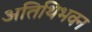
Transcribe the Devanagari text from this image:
अतिथिभवन